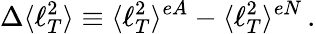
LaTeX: \Delta\langle\ell_{T}^{2}\rangle\equiv\langle\ell_{T}^{2}\rangle^{eA}-\langle\ell_{T}^{2}\rangle^{eN}\, .